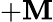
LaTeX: +\mathbf{M}